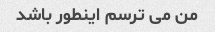
من می ترسم اینطور باشد